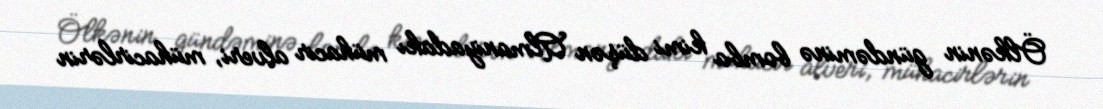
Ölkənin gündəminə bomba kimi düşən Almaniyadakı mühacir alveri, mühacirlərin